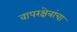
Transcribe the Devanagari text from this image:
वापरक्षेत्रांचा